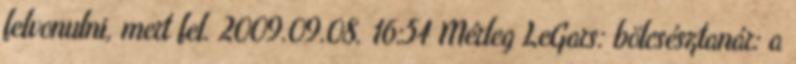
felvonulni, mert fel. 2009.09.08. 16:54 Mérleg LeGars: bölcsésztanár: a